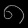
Digit: ၈